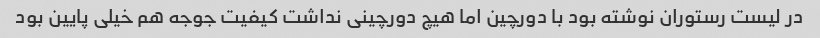
در لیست رستوران نوشته بود با دورچین اما هیچ دورچینی نداشت کیفیت جوجه هم خیلی پایین بود